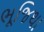
ભૂજિથા